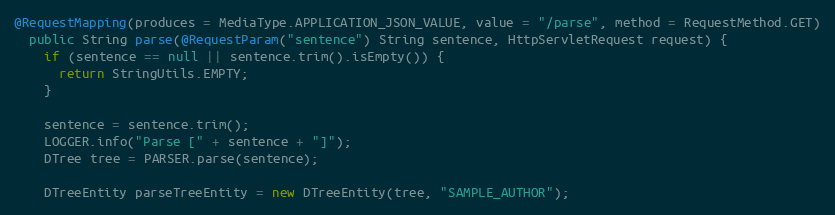
Language: Java
@RequestMapping(produces = MediaType.APPLICATION_JSON_VALUE, value = "/parse", method = RequestMethod.GET)
  public String parse(@RequestParam("sentence") String sentence, HttpServletRequest request) {
    if (sentence == null || sentence.trim().isEmpty()) {
      return StringUtils.EMPTY;
    }

    sentence = sentence.trim();
    LOGGER.info("Parse [" + sentence + "]");
    DTree tree = PARSER.parse(sentence);

    DTreeEntity parseTreeEntity = new DTreeEntity(tree, "SAMPLE_AUTHOR");